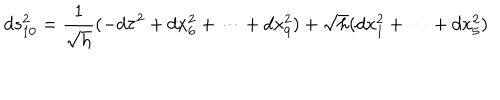
d s _ { 1 0 } ^ { 2 } = \frac { 1 } { \sqrt { h } } ( - d \tau ^ { 2 } + d x _ { 6 } ^ { 2 } + \cdots + d x _ { 9 } ^ { 2 } ) + \sqrt { h } ( d x _ { 1 } ^ { 2 } + \cdots + d x _ { 5 } ^ { 2 } )